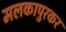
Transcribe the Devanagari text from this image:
मलकापुरकर